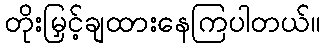
တိုးမြှင့်ချထားနေကြပါတယ်။